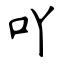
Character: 吖